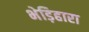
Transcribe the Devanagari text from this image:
भेड़िहारा